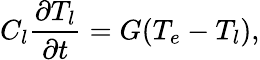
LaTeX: C_{l}\frac{\partial T_{l}}{\partial t}=G(T_{e}-T_{l}),